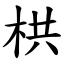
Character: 栱